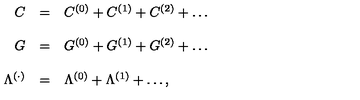
\begin{array} { r c l } { C } & { = } & { C ^ { ( 0 ) } + C ^ { ( 1 ) } + C ^ { ( 2 ) } + \ldots } \\ { } & { } & { } \\ { G } & { = } & { G ^ { ( 0 ) } + G ^ { ( 1 ) } + G ^ { ( 2 ) } + \ldots } \\ { } & { } & { } \\ { \Lambda ^ { ( \cdot ) } } & { = } & { \Lambda ^ { ( 0 ) } + \Lambda ^ { ( 1 ) } + \ldots , } \\ \end{array}